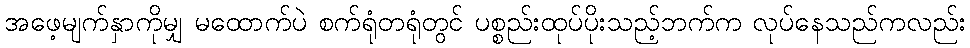
အဖေ့မျက်နှာကိုမျှ မထောက်ပဲ စက်ရုံတရုံတွင် ပစ္စည်းထုပ်ပိုးသည့်ဘက်က လုပ်နေသည်ကလည်း